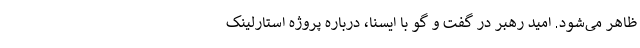
ظاهر می‌شود. امید رهبر در گفت و گو با ایسنا، درباره پروژه استارلینک